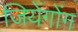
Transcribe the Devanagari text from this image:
जियेंगोंग